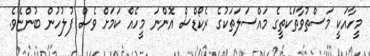
މީހާއަކީ މަސްތުވާތަކެތީގެ މައްސަލަތަކުގެ ރެކޯޑްސް އޮންނަ މީހެއް ކަމަށް ވެސް ފުލުހުން ބުންޏެވެ.